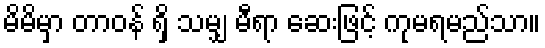
မိမိမှာ တာဝန် ရှိ သမျှ မီရာ ဆေးဖြင့် ကုမရမည်သာ။